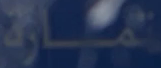
تمارة